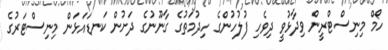
ހޯމް މިނިސްޓްރީން ވިދާޅުވީ ދިވެހި ފުލުހުންގެ ހިދުމަތުގެ ގާނޫނުގެ ދަށުން ކަނޑައަޅަން މިނިސްޓަރުގެ